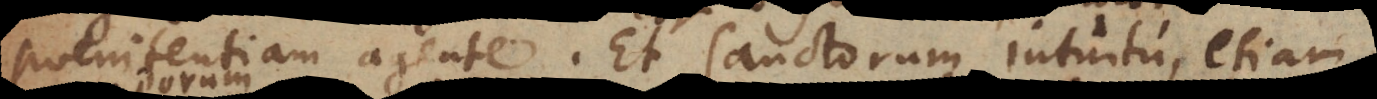
nitentiam agente. Et Sanctorum intuitu, etiam